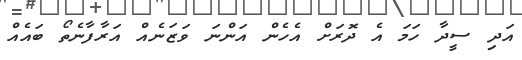
އަދި ސީދާ ހަމަ އެ ދޮރަށް އެހެން އަންނަ ވަޒަނެއް އަރާފާނެތޯ ބައެއް